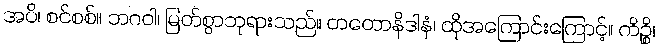
အပိ၊ စင်စစ်။ ဘဂဝါ၊ မြတ်စွာဘုရားသည်။ တတောနိဒါနံ၊ ထိုအကြောင်းကြောင့်။ ကိဉ္စိ၊